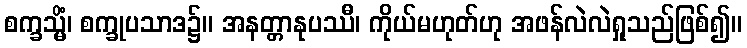
စက္ခသ္မိံ၊ စက္ခုပသာဒ၌။ အနတ္တာနုပဿီ၊ ကိုယ်မဟုတ်ဟု အဖန်လဲလဲရှုသည်ဖြစ်၍။